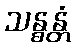
သန္ဓန္တံ